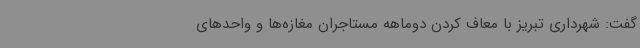
گفت: شهرداری تبریز با معاف کردن دوماهه مستاجران مغازه‌ها و واحدهای